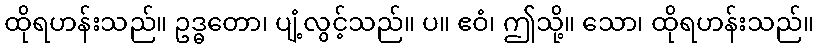
ထိုရဟန်းသည်။ ဥဒ္ဓတော၊ ပျံ့လွင့်သည်။ ပ။ ဧဝံ၊ ဤသို့။ သော၊ ထိုရဟန်းသည်။